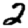
Digit: 2